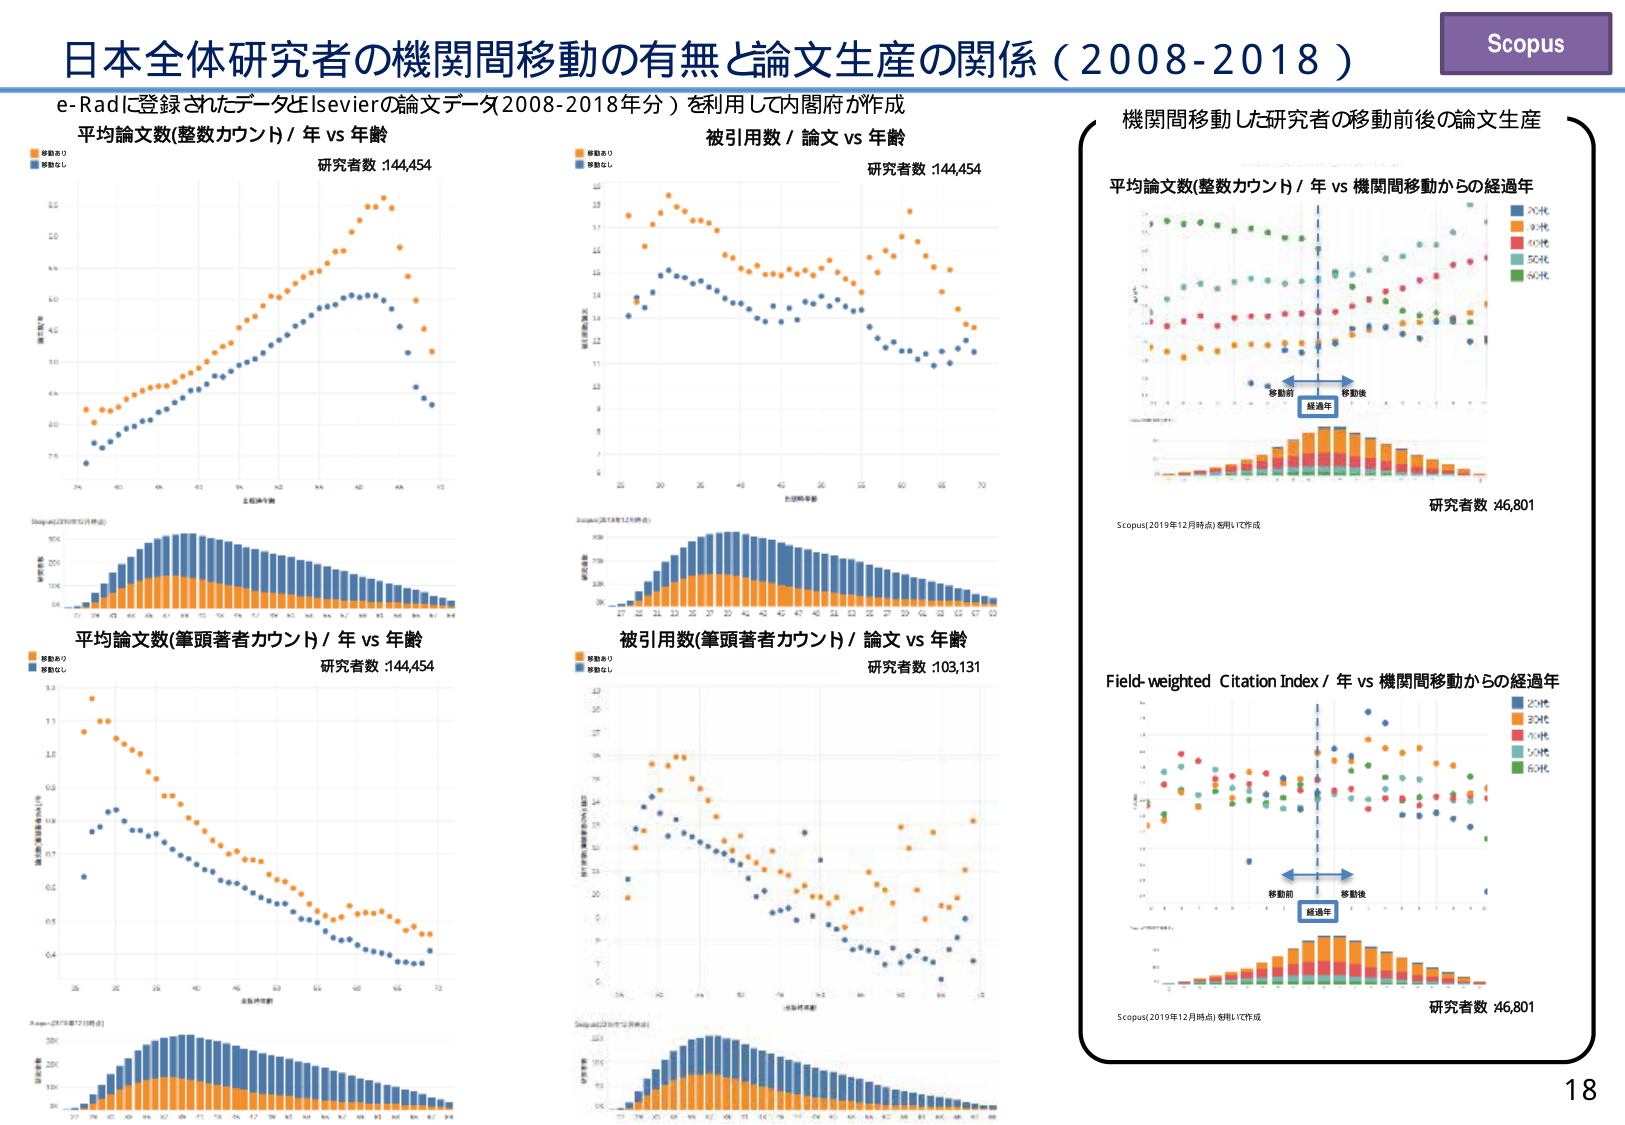
日本全体研究者の機関間移動の有無と論文生産の関係（2008-2018）
Scopus
e-Radに登録されたデータとElsevierの論文データ（2008-2018年分）を利用して内閣府が作成
平均論文数（整数カウント）／年 vs 年齢
研究者数：144,454
移動あり
移動なし
被引用数／論文 vs 年齢
研究者数：144,454
移動あり
移動なし
機関間移動した研究者の移動前後の論文生産
平均論文数（整数カウント）／年 vs 機関間移動からの経過年
移動前
移動後
経過年
研究者数：46,801
Scopus（2019年12月時点）を用いて作成
平均論文数（筆頭著者カウント）／年 vs 年齢
研究者数：144,454
移動あり
移動なし
被引用数（筆頭著者カウント）／論文 vs 年齢
研究者数：103,131
移動あり
移動なし
Field-weighted Citation Index／年 vs 機関間移動からの経過年
移動前
移動後
経過年
研究者数：46,801
Scopus（2019年12月時点）を用いて作成
18